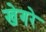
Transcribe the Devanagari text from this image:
खेगरे